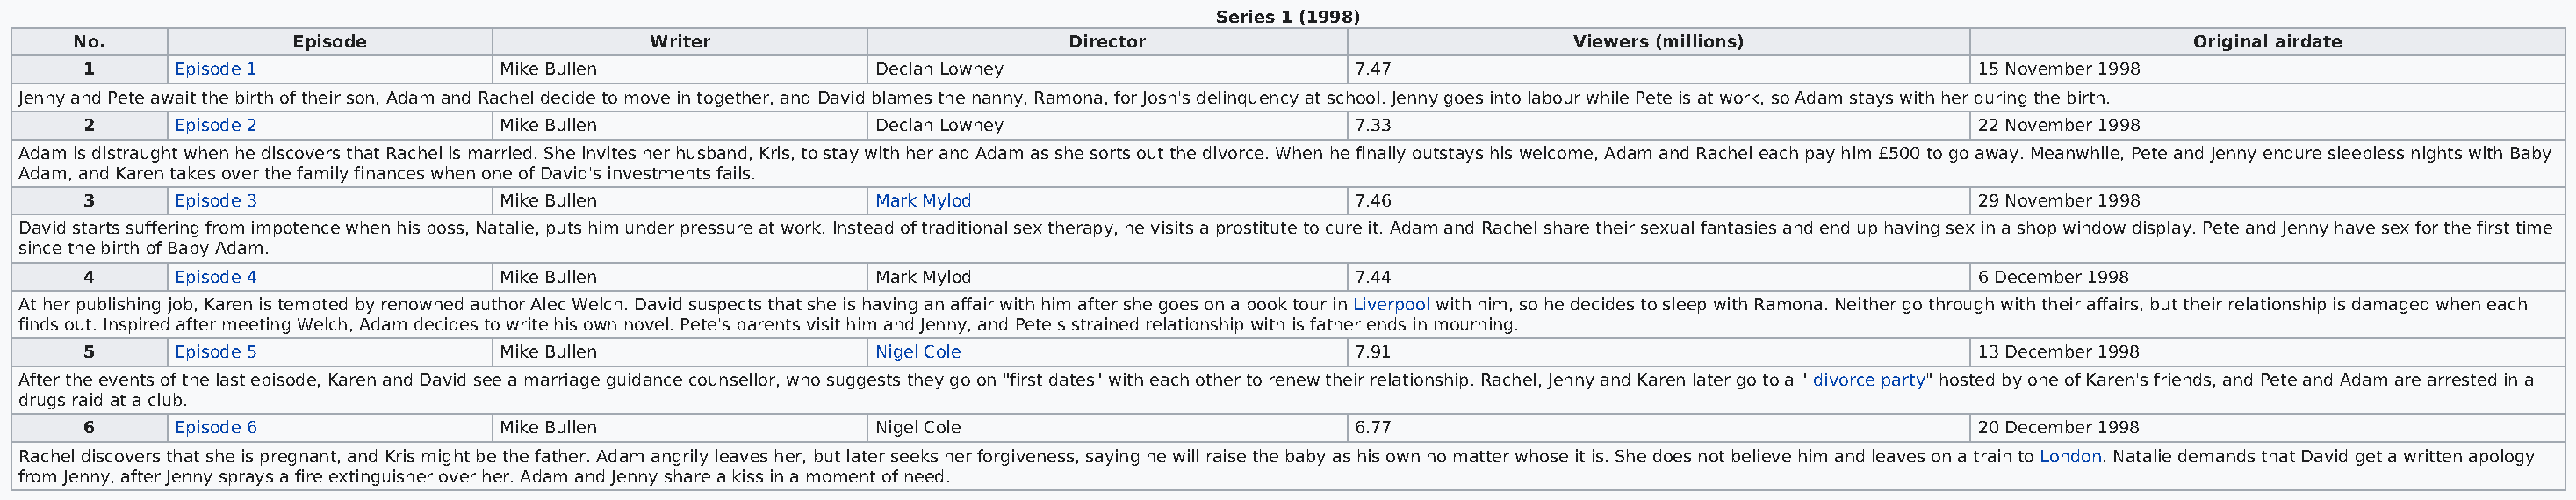
Series 1 (1998)
 No.             Episode                    Writer                          Director                              Viewers (millions)                            Original airdate
 1      Episode 1                Mike Bullen                 Declan Lowney                       7.47                                           15 November 1998
 Jenny and Pete await the birth of their son, Adam and Rachel decide to move in together, and David blames the nanny, Ramona, for Josh's delinquency at school. Jenny goes into labour while Pete is at work, so Adam stays with her during the birth.
 2      Episode 2                Mike Bullen                 Declan Lowney                       7.33                                           22 November 1998
 Adam is distraught when he discovers that Rachel is married. She invites her husband, Kris, to stay with her and Adam as she sorts out the divorce. When he finally outstays his welcome, Adam and Rachel each pay him £500 to go away. Meanwhile, Pete and Jenny endure sleepless nights with Baby
 Adam, and Karen takes over the family finances when one of David's investments fails.
 3      Episode 3                Mike Bullen                 Mark Mylod                          7.46                                           29 November 1998
 David starts suffering from impotence when his boss, Natalie, puts him under pressure at work. Instead of traditional sex therapy, he visits a prostitute to cure it. Adam and Rachel share their sexual fantasies and end up having sex in a shop window display. Pete and Jenny have sex for the first time
 since the birth of Baby Adam.
 4      Episode 4                Mike Bullen                 Mark Mylod                          7.44                                           6 December 1998
 At her publishing job, Karen is tempted by renowned author Alec Welch. David suspects that she is having an affair with him after she goes on a book tour in Liverpool with him, so he decides to sleep with Ramona. Neither go through with their affairs, but their relationship is damaged when each
 finds out. Inspired after meeting Welch, Adam decides to write his own novel. Pete's parents visit him and Jenny, and Pete's strained relationship with is father ends in mourning.
 5      Episode 5                Mike Bullen                 Nigel Cole                          7.91                                           13 December 1998
 After the events of the last episode, Karen and David see a marriage guidance counsellor, who suggests they go on "first dates" with each other to renew their relationship. Rachel, Jenny and Karen later go to a " divorce party" hosted by one of Karen's friends, and Pete and Adam are arrested in a
 drugs raid at a club.
 6      Episode 6                Mike Bullen                 Nigel Cole                          6.77                                           20 December 1998
 Rachel discovers that she is pregnant, and Kris might be the father. Adam angrily leaves her, but later seeks her forgiveness, saying he will raise the baby as his own no matter whose it is. She does not believe him and leaves on a train to London. Natalie demands that David get a written apology
 from Jenny, after Jenny sprays a fire extinguisher over her. Adam and Jenny share a kiss in a moment of need.